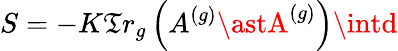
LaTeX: S=-K\mathfrak{T}r_{g}\left(A^{\left(g\right)}\astA^{\left(g\right)}\right)\intd